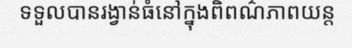
ទទួលបានរង្វាន់ធំនៅក្នុងពិពណ៌ភាពយន្ត